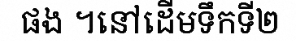
ផង ។នៅដើមទឹកទី២